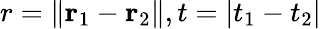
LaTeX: r=\| \mathbf{r}_{1}-\mathbf{r}_{2}\| ,t=|t_{1}-t_{2}|